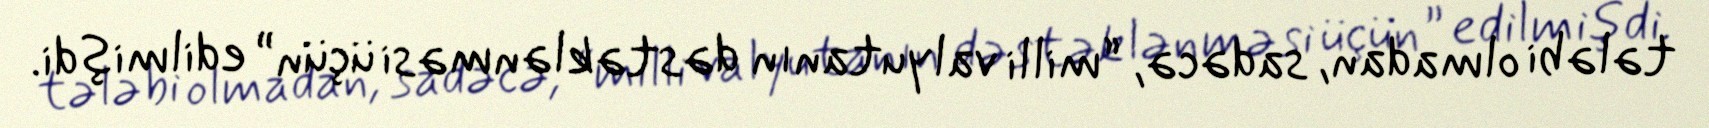
tələbi olmadan, sadəcə, “milli valyutanın dəstəklənməsi üçün” edilmişdi.